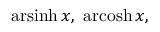
\operatorname { a r s i n h } x , \ \operatorname { a r c o s h } x ,